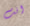
انت